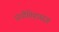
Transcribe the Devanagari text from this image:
प्रागैतिहासज्ञ